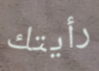
رأيتك